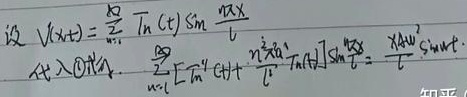
设 \(V(x,t)=\sum_{n = 1}^{\infty}T_{n}(t)\sin\frac{n\pi x}{l}\)
代入\textcircled{1}式
\[\begin{align*}
\sum_{n = 1}^{\infty}\left[T_{n}''(t)+\frac{n^{2}\pi^{2}a^{2}}{l^{2}}T_{n}(t)\right]\sin\frac{n\pi x}{l}=\frac{\gamma A\omega^{2}}{l}\sin\omega t
\end{align*}\]